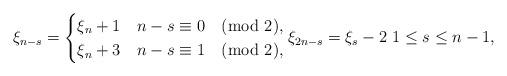
LaTeX: \begin{align*}\xi_{n-s} = \begin{cases}\xi_{n} + 1 & n- s \equiv 0 \pmod 2, \\\xi_{n} + 3 & n-s \equiv 1 \pmod 2,\end{cases} \xi_{2n-s} = \xi_s-2 \ 1 \le s \le n-1,\end{align*}